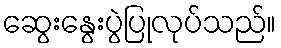
ဆွေးနွေးပွဲပြုလုပ်သည်။